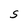
Character: S